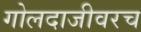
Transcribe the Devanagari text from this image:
गोलदाजीवरच